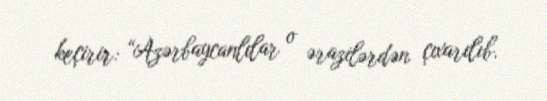
keçirir: “Azərbaycanlılar o ərazilərdən çıxarılıb.